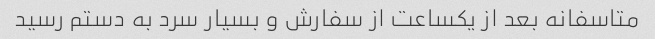
متاسفانه بعد از یکساعت از سفارش و بسیار سرد به دستم رسید